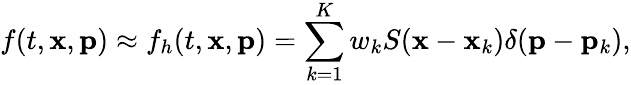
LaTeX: f(t,{\mathbf x},{\mathbf p})\approx f_{h}(t,{\mathbf x},{\mathbf p})=\sum_{k=1}^{K}w_{k}S({\mathbf x}-{\mathbf x}_{k})\delta({\mathbf p}-{\mathbf p}_{k}),